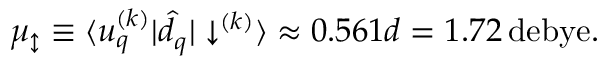
\mu _ { \updownarrow } \equiv \langle u _ { q } ^ { ( k ) } | \hat { d } _ { q } | \downarrow ^ { ( k ) } \rangle \approx 0 . 5 6 1 d = 1 . 7 2 \, \mathrm { d e b y e } .